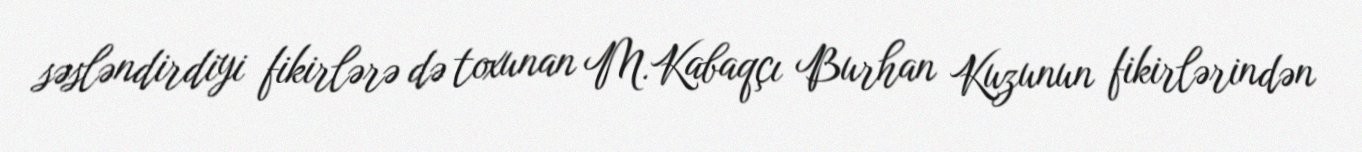
səsləndirdiyi fikirlərə də toxunan M.Kabaqçı Burhan Kuzunun fikirlərindən